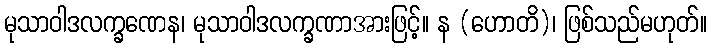
မုသာဝါဒလက္ခဏေန၊ မုသာဝါဒလက္ခဏာအားဖြင့်။ န (ဟောတိ)၊ ဖြစ်သည်မဟုတ်။